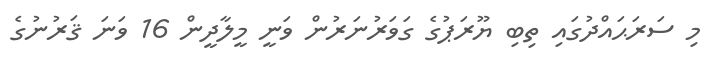
މި ސަރަޙައްދުގައި ތިބި ޔޫރަޕުގެ ގަވަރުނަރުން ވަނީ މީލާދީން 16 ވަނަ ޤަރުނުގެ